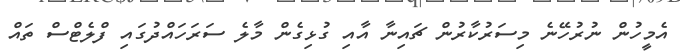
އެމީހުން ނުރުހޭނެ މިސަރުކާރުން ޗައިނާ އާއި ގުޅިގެން މާލެ ސަރަހައްދުގައި ފްލެޓްސް ތައް